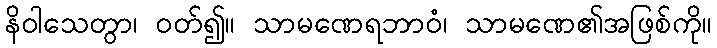
နိဝါသေတွာ၊ ဝတ်၍။ သာမဏေရဘာဝံ၊ သာမဏေ၏အဖြစ်ကို။